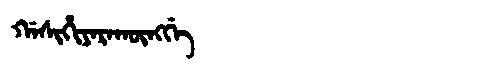
Manchu: ᡤᠠᠰᡳᡥᡳᠶᠠᡵᠠᡴᡡᠩᡤᡝ
Romanization: GASIHIYARAKŪNGGE